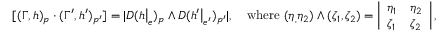
[ ( \Gamma , h ) _ { p } \cdot ( \Gamma ^ { \prime } , h ^ { \prime } ) _ { p ^ { \prime } } ] = | D ( h \big | _ { e } ) _ { p } \wedge D ( h ^ { \prime } \big | _ { e ^ { \prime } } ) _ { p ^ { \prime } } | , \quad \mathrm { w h e r e } \ ( \eta _ { , } \eta _ { 2 } ) \wedge ( \zeta _ { 1 } , \zeta _ { 2 } ) = \left| \begin{array} { l l } { \eta _ { 1 } } & { \eta _ { 2 } } \\ { \zeta _ { 1 } } & { \zeta _ { 2 } } \end{array} \right| ,